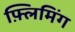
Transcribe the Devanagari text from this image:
फ़्लिमिंग